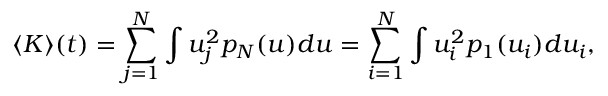
\langle K \rangle ( t ) = \sum _ { j = 1 } ^ { N } \int u _ { j } ^ { 2 } p _ { N } ( u ) d u = \sum _ { i = 1 } ^ { N } \int u _ { i } ^ { 2 } p _ { 1 } ( u _ { i } ) d u _ { i } ,